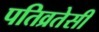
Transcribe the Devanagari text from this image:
पतिव्रतेसी